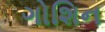
ગોશિન